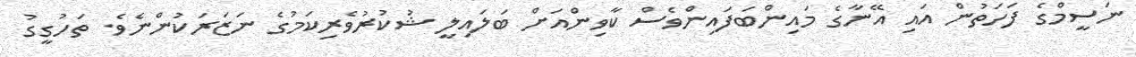
ނަސީމްގެ ފަހަތުން އައި އޭނާގެ މައިންބަފައިންވެސް ކާވިންއަށް ބަލައިލީ ޝުކުރުވެރިކަމުގެ ނަޒަރަކުންނެވެ. ތަހުގީގު